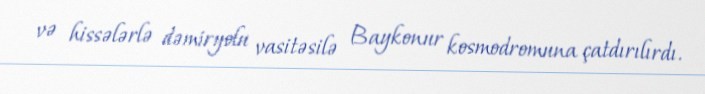
və hissələrlə dəmiryolu vasitəsilə Baykonur kosmodromuna çatdırılırdı.